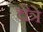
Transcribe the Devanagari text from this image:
चैत्रे